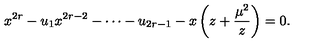
x ^ { 2 r } - u _ { 1 } x ^ { 2 r - 2 } - \cdots - u _ { 2 r - 1 } - x \left( z + { \frac { \mu ^ { 2 } } { z } } \right) = 0 .